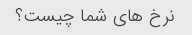
نرخ های شما چیست؟